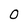
Character: 0